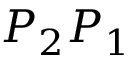
P _ { 2 } P _ { 1 }